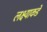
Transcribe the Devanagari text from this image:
लक्ष्याकडे